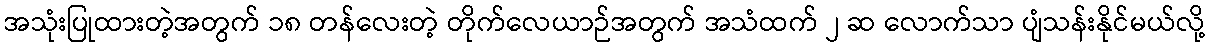
အသုံးပြုထားတဲ့အတွက် ၁၈ တန်လေးတဲ့ တိုက်လေယာဉ်အတွက် အသံထက် ၂ ဆ လောက်သာ ပျံသန်းနိုင်မယ်လို့